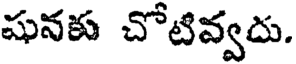
షునకు చోటివ్వదు.